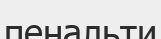
пенальти